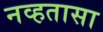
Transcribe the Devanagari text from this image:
नव्हतासा